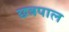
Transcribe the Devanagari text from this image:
छत्रपाल